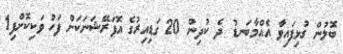
ބޮލުން ގުޅިފައިވާ އެއްމާބަނޑު ދެ ކުދިން 20 ގަޑިއިރުގެ އޮޕަރޭޝަނަކަށް ފަހު ވަކިކޮށްފި1